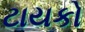
ટાયકો